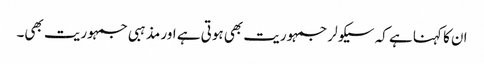
ان کا کہنا ہے کہ سیکولر جمہوریت بھی ہوتی ہے اور مذہبی جمہوریت بھی۔